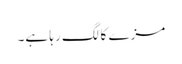
مزے کا لگ رہا ہے۔